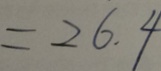
= 2 6 . 4